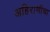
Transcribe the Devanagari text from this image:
अहिराणीचा